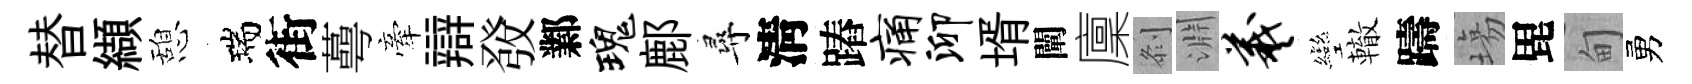
替纈憩瑞街蕚牽辯𤼲鄴瑰鄜尋淸蹖痛泖壻闡廩𠛴淵羲彎轍躊塲毘甸勇